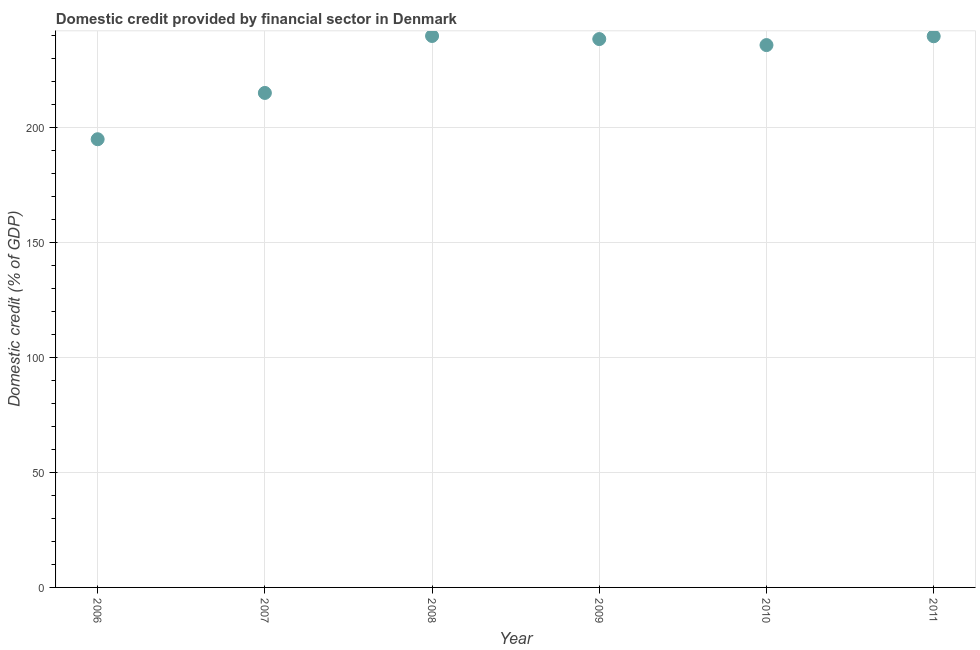
| Year | Domestic credit provided by financial sector |
 | --- | --- |
 | 2006 | 195 |
 | 2007 | 215 |
 | 2008 | 240 |
 | 2009 | 238 |
 | 2010 | 236 |
 | 2011 | 240 |